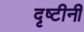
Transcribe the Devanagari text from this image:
दृष्टीनी